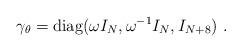
LaTeX: \begin{align*}\gamma_\theta={\rm diag}(\omega I_N,\omega^{-1}I_N,I_{N+8})~.\end{align*}